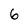
Character: 6